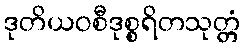
ဒုတိယဝစီဒုစ္စရိတသုတ္တံ